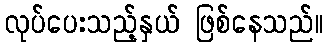
လုပ်ပေးသည့်နှယ် ဖြစ်နေသည်။